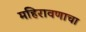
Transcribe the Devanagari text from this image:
महिरावणाचा